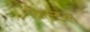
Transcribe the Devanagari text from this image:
क्रिस्‍टल